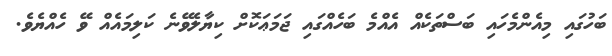
ބަހުގައި މިއެންމެހައި ބަސްތަކެއް އެއްމެ ބަހެއްގައި ޖަމަޢަކޮށް ކިޔާލެވޭނެ ކަލިމައެއް ވޭ ހެއްޔެވެ.